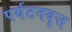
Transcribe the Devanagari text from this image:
पर्यटनवृत्त